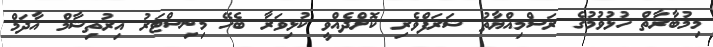
މިމުބާރާތް ހުޅުވުމުގެ ރަސްމިއްޔާތު ޝަރަފްވެރި ކޮށްދެއްވީ ކުޅިވަރާ ބެހޭ މިނިސްޓަރު އިރުތިޝާމް އާދަމް